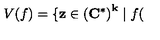
V ( f ) = \{ \mathbf { z } \in \left( \mathbf { C } ^ { \ast } \right) ^ { \mathbf { k } } \mid f (